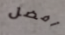
أفضل